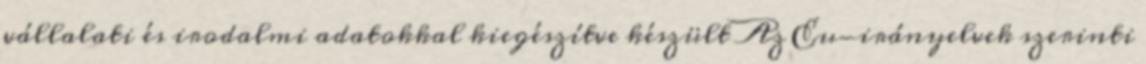
vállalati és irodalmi adatokkal kiegészítve készült Az Eu-irányelvek szerinti